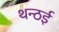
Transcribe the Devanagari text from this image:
थन्ठई